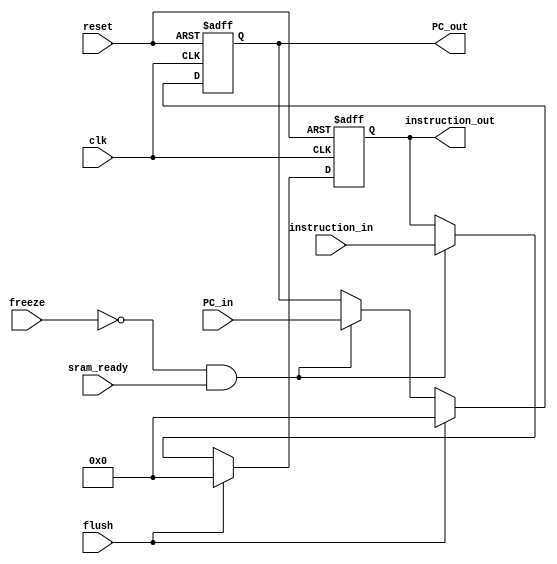
module IF_Stage_Reg
(
    input clk, reset, freeze, sram_ready, flush,
    input [31 : 0] PC_in, instruction_in,
    output reg [31 : 0] PC_out, instruction_out
);

    always @(posedge clk, posedge reset) begin
        if (reset) begin
            PC_out = 32'b0;
            instruction_out = 32'b0;
        end
        else if (flush) begin
            PC_out = 32'b0;
            instruction_out = 32'b0;
        end		  
        else if (~freeze && sram_ready) begin
            PC_out = PC_in;
            instruction_out = instruction_in;
        end
    end

endmodule